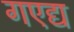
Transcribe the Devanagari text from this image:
गएद्य